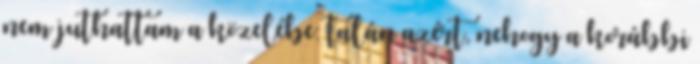
nem juthattam a közelébe: talán azért, nehogy a korábbi